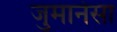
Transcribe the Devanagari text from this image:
जुमानेसा